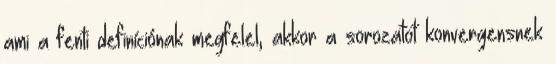
ami a fenti definíciónak megfelel, akkor a sorozatot konvergensnek